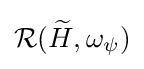
{\mathcal {R}}({\widetilde {H}},\omega _{\psi })